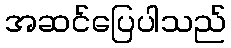
အဆင်ပြေပါသည်